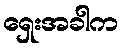
ရှေးအခါက